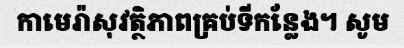
កាមេរ៉ាសុវត្ថិភាពគ្រប់ទីកន្លែង។ សូម